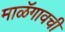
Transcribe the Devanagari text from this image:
माळॅगावची